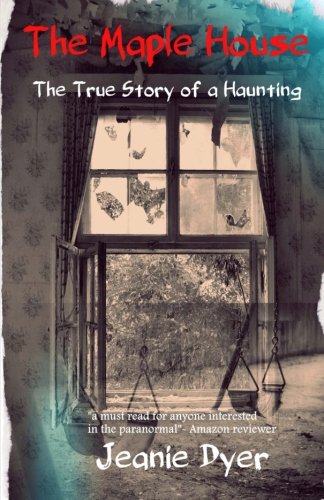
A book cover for The Maple House: The True Story of a Haunting; Jeanie Dyer; Religion & Spirituality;